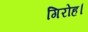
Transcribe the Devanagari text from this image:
गिरोह।